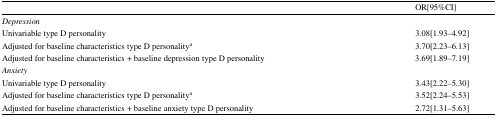
|  | OR[95%CI] |
 | --- | --- |
 | Depression |  |
 | Univariable type D personality | 3.08[1.93–4.92] |
 | Adjusted for baseline characteristics type D personalitya | 3.70[2.23–6.13] |
 | Adjusted for baseline characteristics + baseline depression type D personality | 3.69[1.89–7.19] |
 | Anxiety |  |
 | Univariable type D personality | 3.43[2.22–5.30] |
 | Adjusted for baseline characteristics type D personalitya | 3.52[2.24–5.53] |
 | Adjusted for baseline characteristics + baseline anxiety type D personality | 2.72[1.31–5.63] |